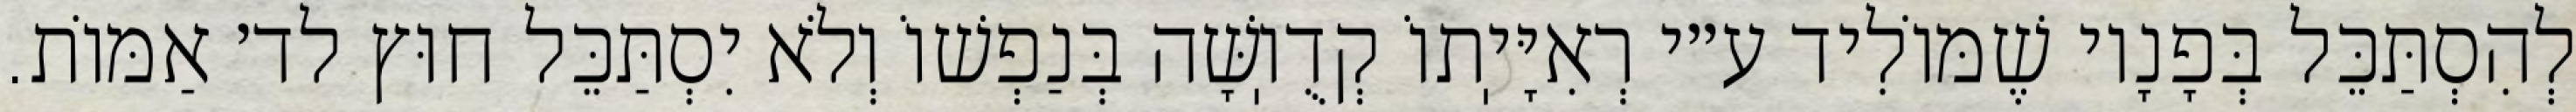
לְהִסְתַּכֵּל בְּפָנָיו שֶׁמּוֹלִיד ע״י רְאִיָּיֽתוֹ קְדֻוֽשָּׁה בְּנַפְשׁוֹ וְלֹא יִסְתַּכֵּל חוּץ לד׳ אַמּוֹת.